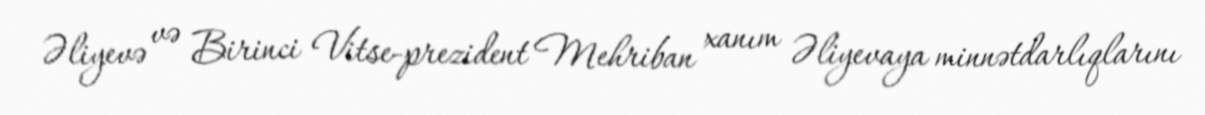
Əliyevə və Birinci Vitse-prezident Mehriban xanım Əliyevaya minnətdarlıqlarını